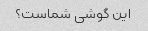
این گوشی شماست؟